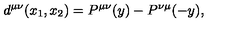
d ^ { \mu \nu } ( x _ { 1 } , x _ { 2 } ) = P ^ { \mu \nu } ( y ) - P ^ { \nu \mu } ( - y ) ,